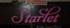
starlet